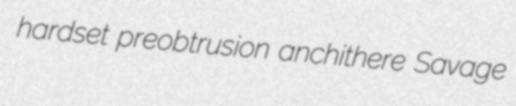
hardset preobtrusion anchithere Savage